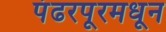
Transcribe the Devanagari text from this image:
पंढरपूरमधून